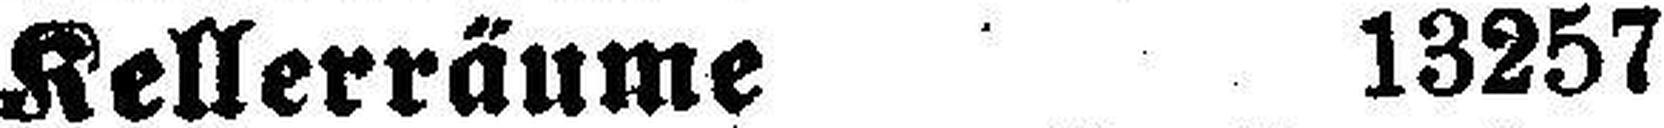
Kellerräume 13257